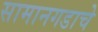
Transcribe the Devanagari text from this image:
सामानगडाचे